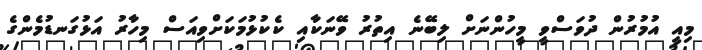
މިއީ އުމުރުން ދުވަސްވީ މީހުންނަށް ލިބޭނެ އިތުރު ވޭނަކާއި ކެކުޅުމަކަށްވިއަސް މިހާރު އަޅުގަނޑުމެންގެ